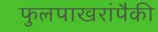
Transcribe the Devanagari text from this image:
फुलपाखरांपैकी